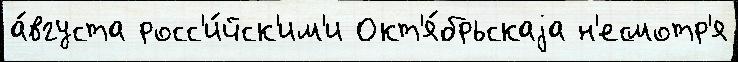
а́вгуста росс'и́йск'им'и Окт'я́брьскаjа н'есмотр'я